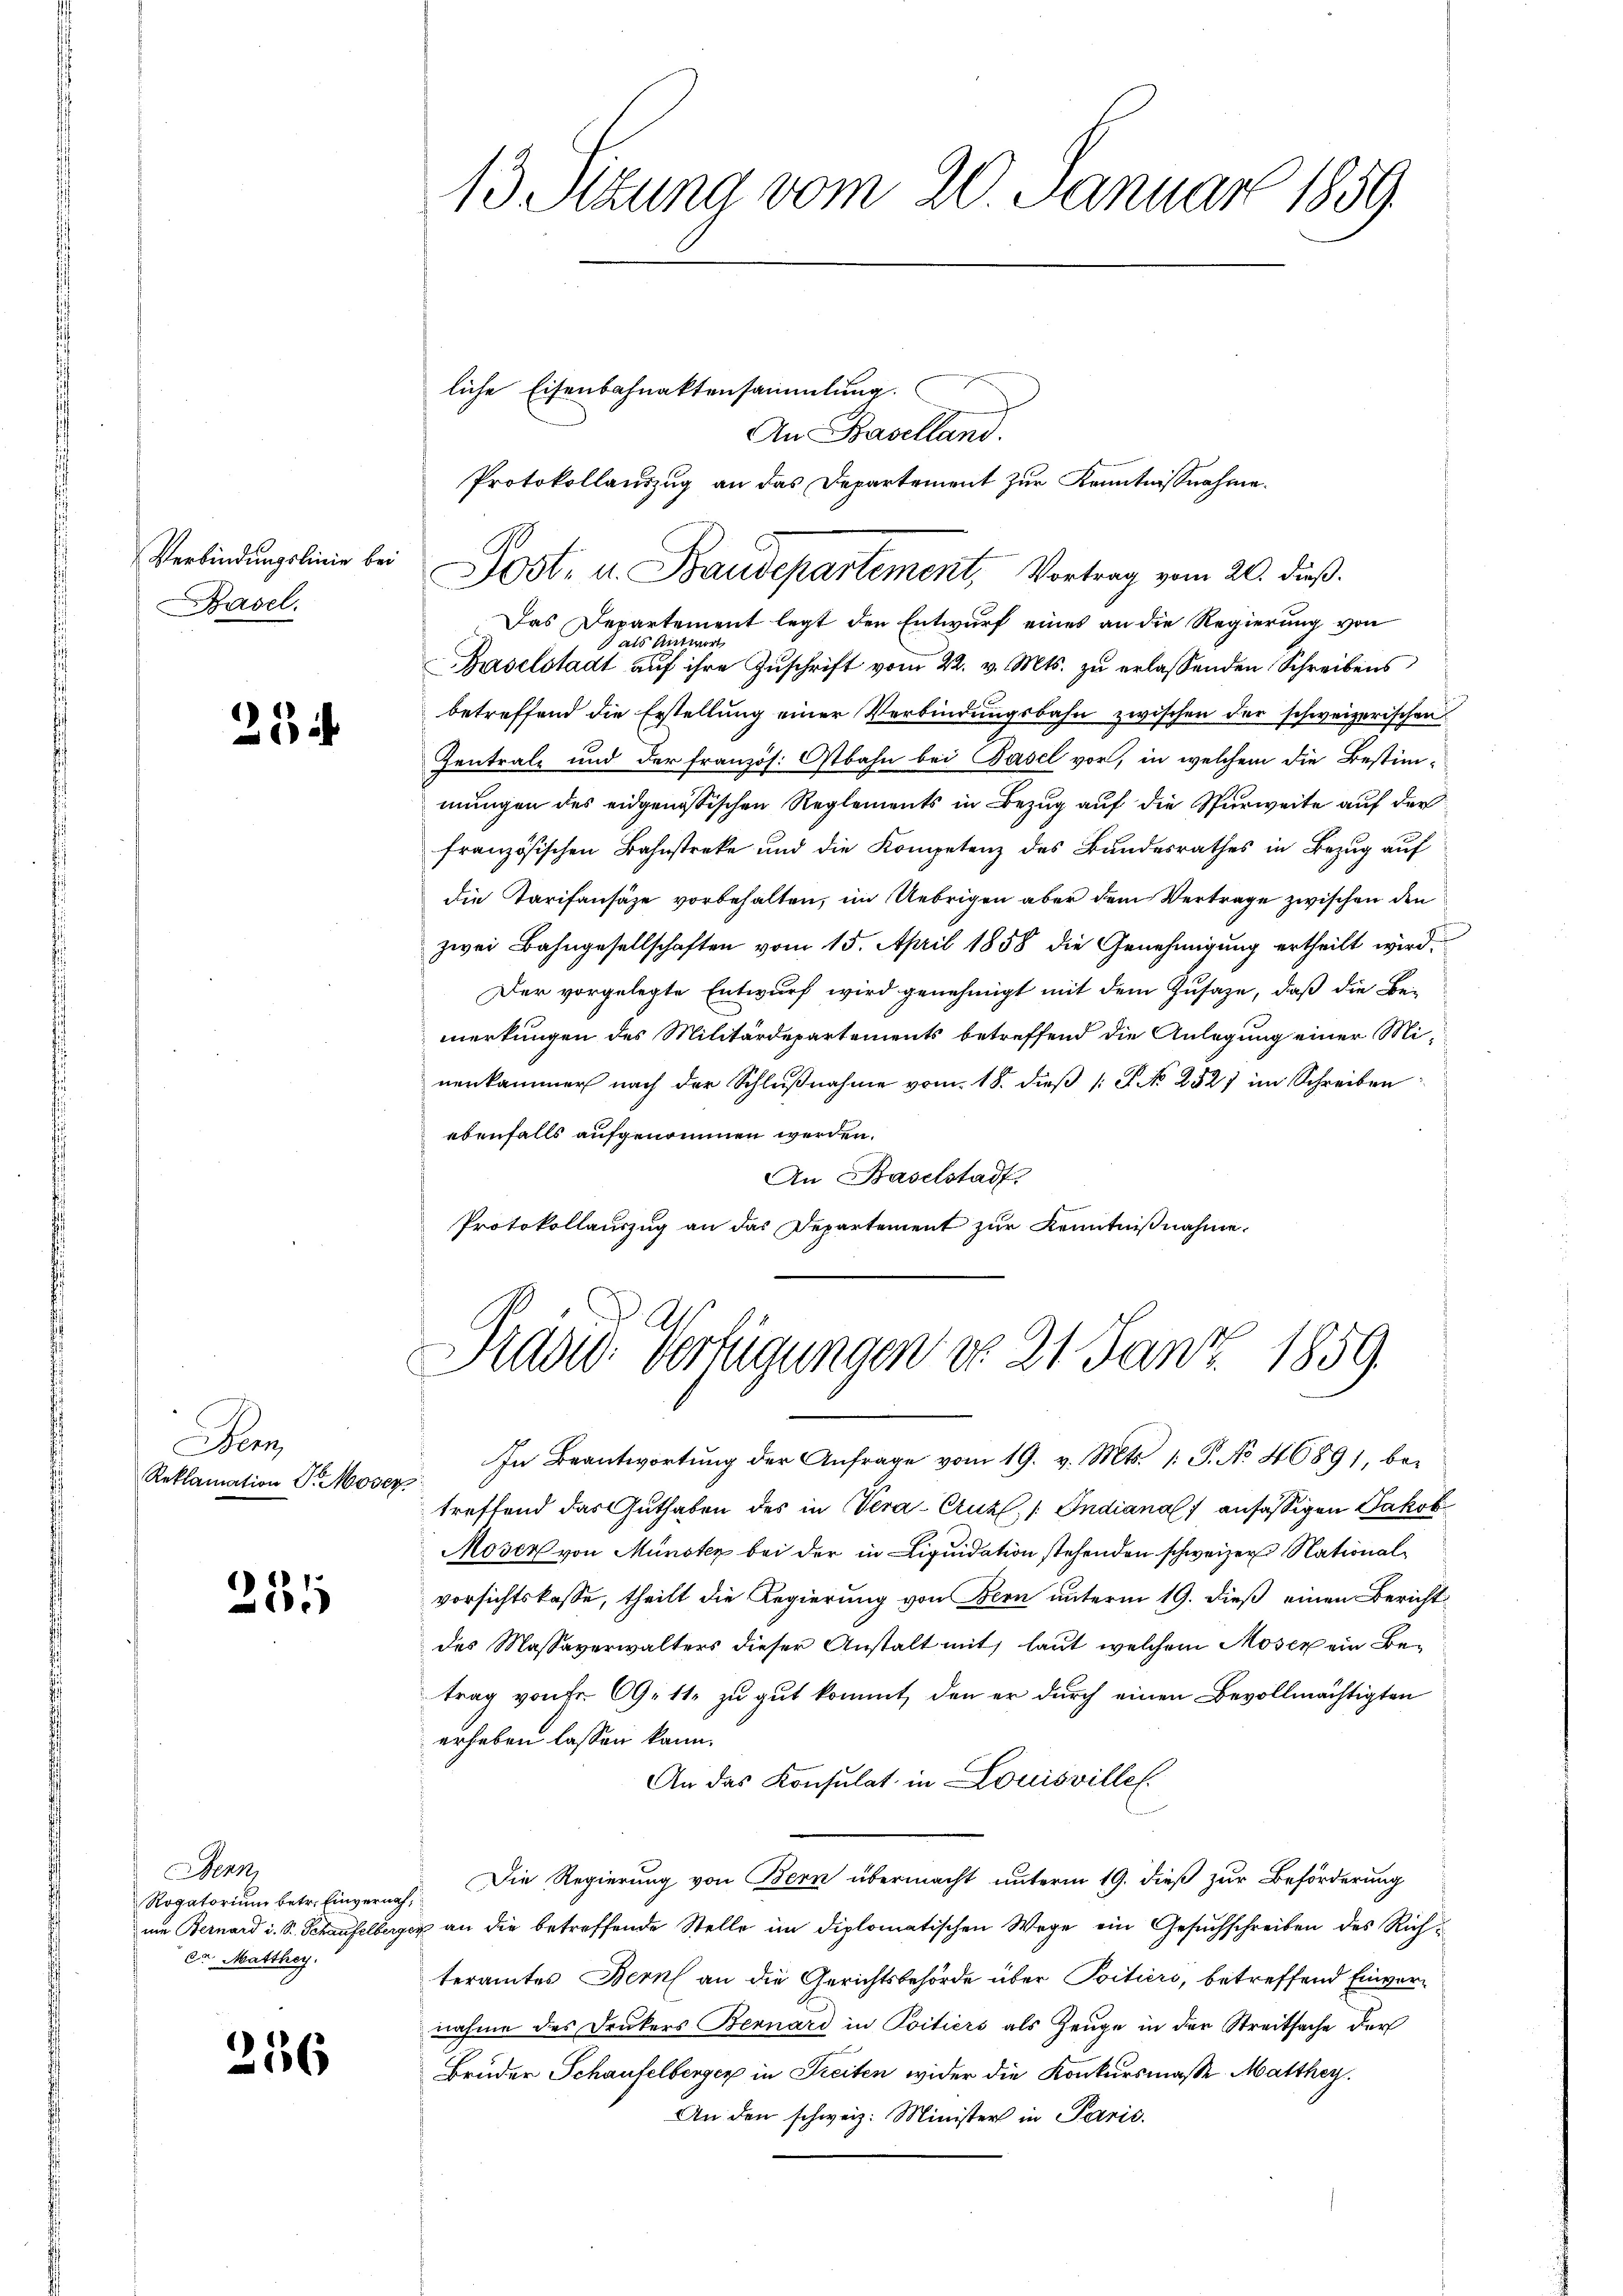
Verbindungslinie bei
Pasel.

21

Ben
Reklamation P. Moser.

251

enn
Rogatorium betr. Einvernah¬
Dr Matthey

256

13 Stung vom 20. Januar 1859.

liche Eisenbahnaktensammlung.
An Baselland.
Protokollauszug an das Departement zur Kenntnißnahme.
Das Departement legt den Entwurf eines an die Regierung von
 als Antwort
Baselstadt auf ihre Zuschrift vom 22. v. Mts. zu erlassenden Schreibens
betreffend die Erstellung einer Verbindungsbahn zwischen der schweizerischen
Zentrale und der französ. Ostbahn bei Basel vor, in welchem die Bestimmungen des eidgenössischen Reglements in Bezug auf die Spurweite auf der
französischen Bahnstreke und die Kompetenz des Bundesrathes in Bezug auf
die Tarifansäze vorbehalten, im Uebrigen aber dem Vertrage zwischen den
zwei Bahngesellschaften vom 15. April 1858 die Genehmigung ertheilt wird.
Der vorgelegte Entwurf wird genehmigt mit dem Zusaze, daß die Be-
merkungen des Militärdepartements betreffend die Anlegung einer Minenkammer nach der Schlußnahme vom 18. dieß (: P. No 252) im Schreiben
ebenfalls aufgenommen werden.
An Baselstadt
Protokollauszug an das Departement zur Kenntnißnahme.

Post- u. Baudepartement, Vortrag vom 20. dieß.

Präsid. Verfügungen do 21. Janz 1859.

In Beantwortŭng der Anfrage vom 19. v. Mts. 1. P. No. 4689), be-
treffend das Guthaben des in Vera-Cruhl, 1: Indiana ansässigen Jakob
Moser von Münster bei der in Liquidation stehenden schweizer Nationalvorsichtskasse, theilt die Regierung von Bern unterm 19. dieß einen Bericht
des Massaverwalters dieser Anstalt mit, laut welchem Moser ein Betrag von Fr. 69. 11. zu gut kommt, den er durch einen Bevollmächtigten
erhaben lassen kann.
An das Konsulat in Louisville.
Die Regierung von Bern übermacht unterm 19. dieß zur Beförderung
nm Bernard i. S. Schaufelberger an die betreffende Stelle im diplomatischen Wege ein Gesuchschreiben des Richteramtes Bern an die Gerichtsbehörde über Poitiers, betreffend Einvernahme des Drukers Bernard in Poitiers als Zeuge in der Streitsache der
Bruder Schauselberger in Freiten wider die Konkursmasse Matthey.
An den schweiz. Minister in Paris.